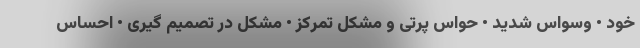
خود • وسواس شدید • حواس پرتی و مشکل تمرکز • مشکل در تصمیم گیری • احساس